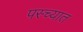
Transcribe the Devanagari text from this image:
पस्च्यात